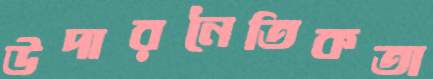
উদারনৈতিকতা